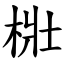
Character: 梉